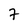
Character: 7